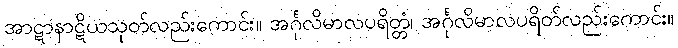
အာဋာနာဋိယသုတ်လည်းကောင်း။ အင်္ဂုလိမာလပရိတ္တံ၊ အင်္ဂုလိမာလပရိတ်လည်းကောင်း။